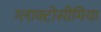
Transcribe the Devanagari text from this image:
ग्लाक्टोसीमिया